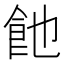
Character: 𩚉